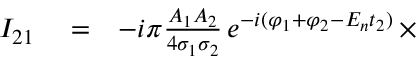
\begin{array} { r l r } { I _ { 2 1 } } & { { } = } & { - i \pi \frac { A _ { 1 } A _ { 2 } } { 4 \sigma _ { 1 } \sigma _ { 2 } } \, e ^ { - i ( \varphi _ { 1 } + \varphi _ { 2 } - E _ { n } t _ { 2 } ) } \, \times } \end{array}